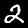
Label: 2